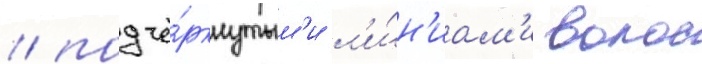
/ подчё́ркнутым'и л'и́н'иам'и волос